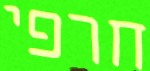
חרפי